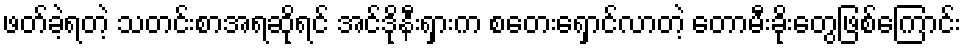
ဖတ်ခဲ့ရတဲ့ သတင်းစာအရဆိုရင် အင်ဒိုနီးရှားက စတေးရှောင်လာတဲ့ တောမီးခိုးတွေဖြစ်ကြောင်း